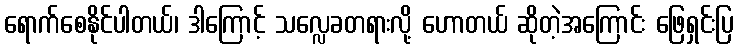
ရောက်စေနိုင်ပါတယ်၊ ဒါကြောင့် သလ္လေခတရားလို့ ဟောတယ် ဆိုတဲ့အကြောင်း ဖြေရှင်းပြ